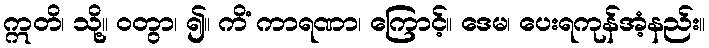
ဣတိ၊ သို့။ ဝတွာ၊ ၍။ ကိံ ကာရဏာ၊ ကြောင့်။ ဒေမ၊ ပေးရကုန်အံ့နည်း။